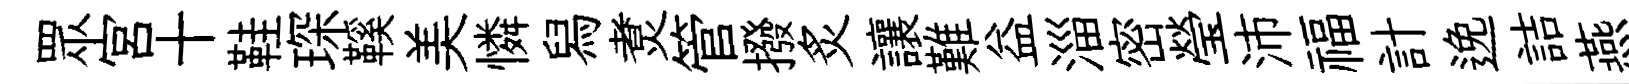
眾宮十鞋琛鞵美憐舄煑管撥炙讓難益淄密瑩沛福計𨓜詰燕